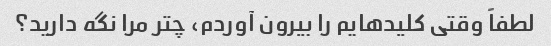
لطفاً وقتی کلیدهایم را بیرون آوردم، چتر مرا نگه دارید؟